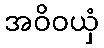
အဝိဝယှံ